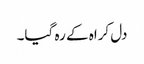
دل کراہ کے رہ گیا۔